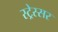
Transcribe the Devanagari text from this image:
स्ट्रेस्सर